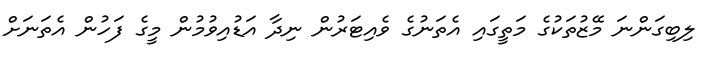
ލިބިގަންނަ މޭޒުތަކުގެ މަތީގައި އެތަނުގެ ވެއިޓަރުން ނިދާ އަޑުއިވުމުން މީގެ ފަހުން އެތަނަށް